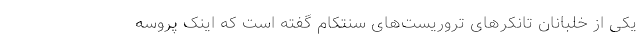
یکی از خلبانان تانکرهای تروریست‌های سنتکام گفته است که اینک پروسه